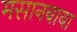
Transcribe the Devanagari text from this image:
मसानबाबा